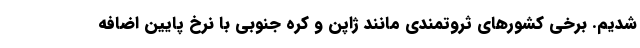
شدیم. برخی کشورهای ثروتمندی مانند ژاپن و کره جنوبی با نرخ پایین اضافه